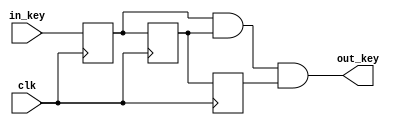
`timescale 1ns / 1ps
module Light( in_key,out_key,clk);  
 input in_key,clk;  
 output out_key;  
 reg delay1,delay2,delay3;  
 always@( posedge clk)
    begin  
        delay1  <= in_key;   
        delay2  <= delay1;  
        delay3  <= delay2;    
    end   
assign out_key = delay1&delay2&delay3;     
endmodule